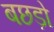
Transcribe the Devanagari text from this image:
बछड़ो